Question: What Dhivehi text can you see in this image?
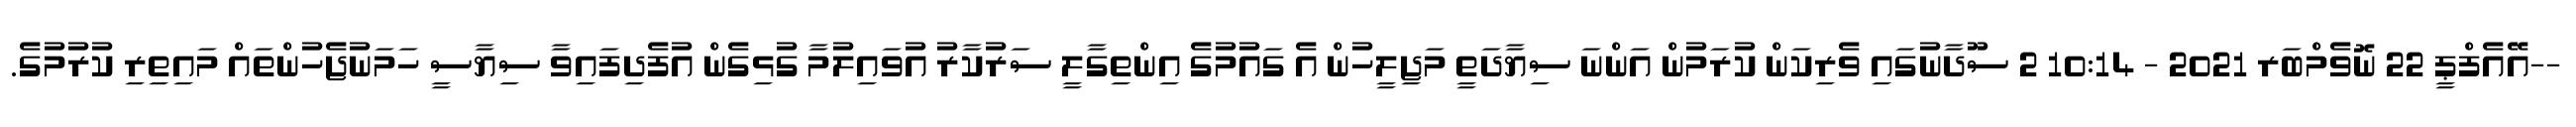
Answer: --އޭއެފްޕީ 22 ނޮވެމްބަރ 2021 - 10:14 2 ސޫދާނުގައި ވެރިކަން ކުރަމުން އަންނަ ސިޔާދަތީ މަޖިލީހުން އެ ގައުމުގެ އިންތިގާލީ ސަރުކާރު އުވައިލުމާ ގުޅިގެން އުފެދިފައިވާ ސިޔާސީ ހަމަނުޖެހުންތައް މައިތިރި ކުރުމުގެ.